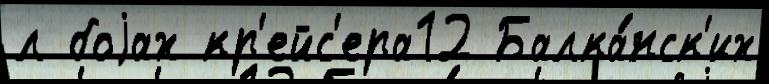
л боjах кр'ейс'ера12 Балка́нск'их